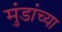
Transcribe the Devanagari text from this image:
मुंडांच्या